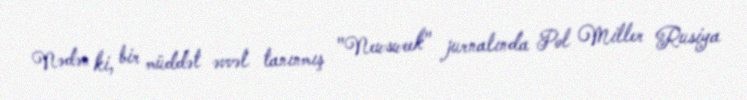
Nədən ki, bir müddət əvvəl tanınmış "Newsweek" jurnalında Pol Miller Rusiya